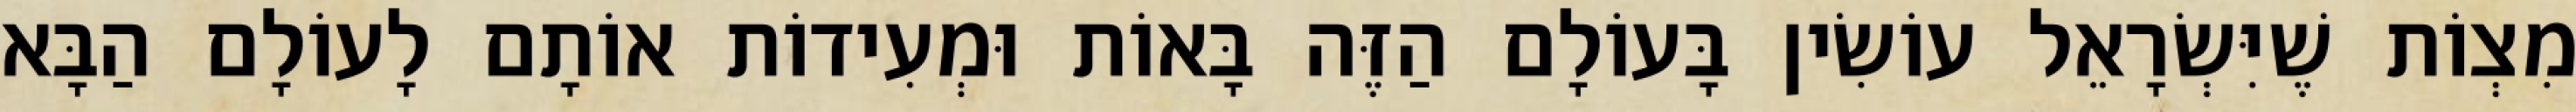
מִצְוֹת שֶׁיִּשְׂרָאֵל עוֹשִׂין בָּעוֹלָם הַזֶּה בָּאוֹת וּמְעִידוֹת אוֹתָם לָעוֹלָם הַבָּא